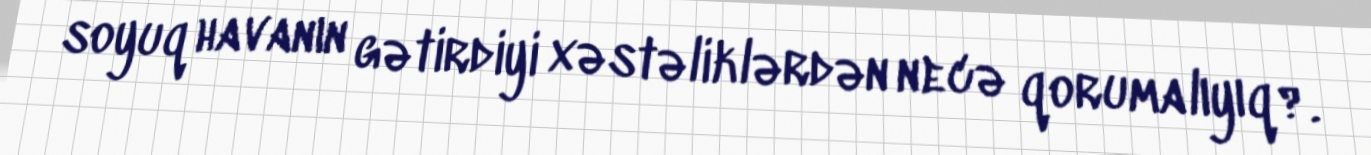
soyuq havanın gətirdiyi xəstəliklərdən necə qorumalıyıq?.